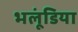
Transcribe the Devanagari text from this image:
भलूंडिया